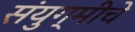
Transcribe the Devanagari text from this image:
संयुग्मीचे